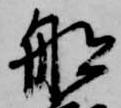
船